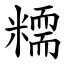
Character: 糥